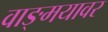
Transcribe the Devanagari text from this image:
वाङ्‍मयावर